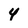
Character: 4